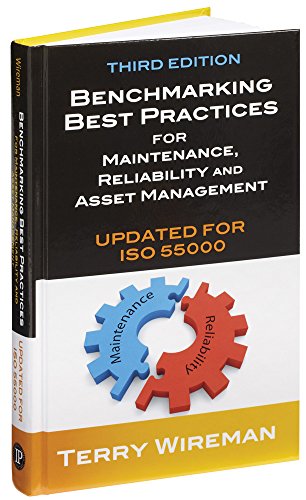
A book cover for Benchmarking Best Practices for Maintenance, Reliability and Asset Management, Third Edition (Updated for ISO 55000); Terry Wireman; Business & Money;